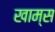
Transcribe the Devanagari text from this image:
खाम्स